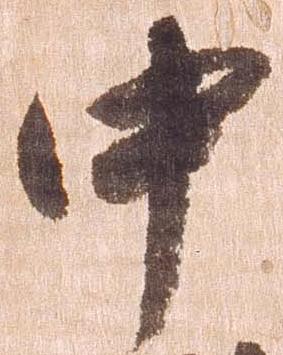
中